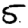
Digit: 5